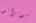
سوبرانو